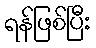
ရန်ဖြစ်ပြီး